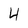
Character: 4